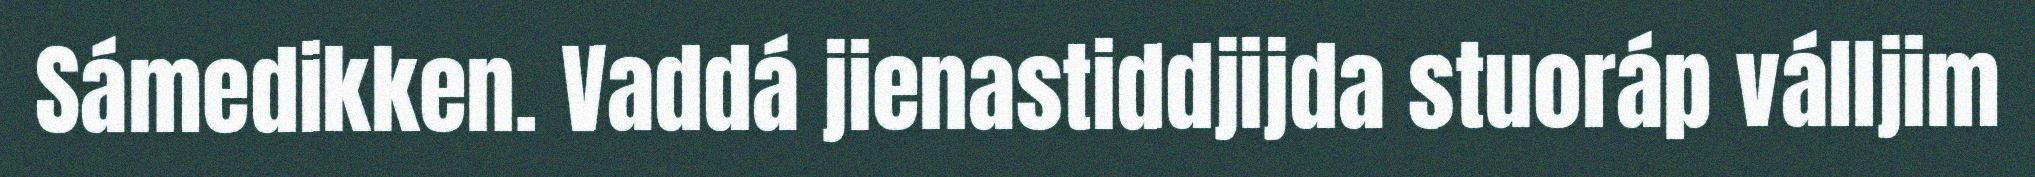
Sámedikken. Vaddá jienastiddjijda stuoráp válljim